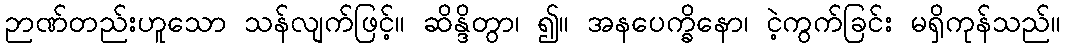
ဉာဏ်တည်းဟူသော သန်လျက်ဖြင့်။ ဆိန္ဒိတွာ၊ ၍။ အနပေက္ခိနော၊ ငဲ့ကွက်ခြင်း မရှိကုန်သည်။